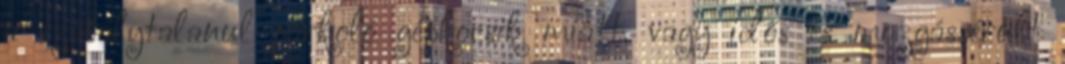
a szabálytalanul parkoló gépkocsik miatt, vagy idős és mozgássérült